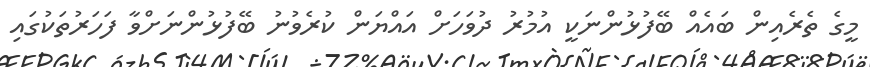
މީގެ ތެރެއިން ބައެއް ބޭފުޅުންނަކީ އުމުރު ދުވަހަށް އައްޔަން ކުރެވުނު ބޭފުޅުންނަށްވާ ފަހަރުތަކުގައި